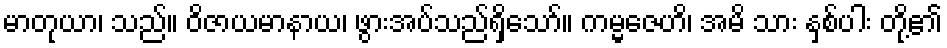
မာတုယာ၊ သည်။ ဝိဇာယမာနာယ၊ ဖွားအပ်သည်ရှိသော်။ ကမ္မဇေဟိ၊ အမိ သား နှစ်ပါး တို့၏